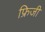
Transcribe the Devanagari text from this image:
फ्रिजी